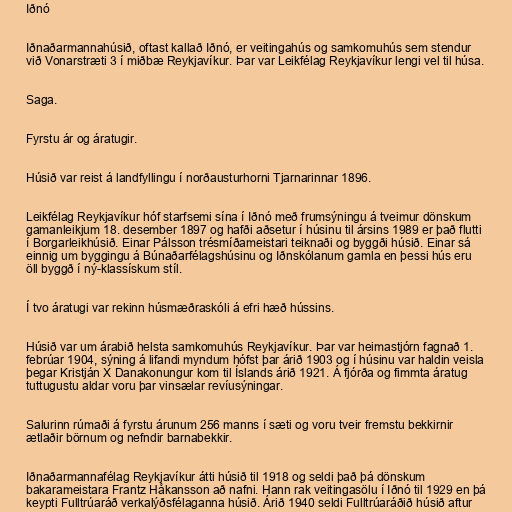
Iðnó

Iðnaðarmannahúsið, oftast kallað Iðnó, er veitingahús og samkomuhús sem stendur
við Vonarstræti 3 í miðbæ Reykjavíkur. Þar var Leikfélag Reykjavíkur lengi vel til húsa.

Saga.

Fyrstu ár og áratugir.

Húsið var reist á landfyllingu í norðausturhorni Tjarnarinnar 1896.

Leikfélag Reykjavíkur hóf starfsemi sína í Iðnó með frumsýningu á tveimur dönskum
gamanleikjum 18. desember 1897 og hafði aðsetur í húsinu til ársins 1989 er það flutti
í Borgarleikhúsið. Einar Pálsson trésmíðameistari teiknaði og byggði húsið. Einar sá
einnig um byggingu á Búnaðarfélagshúsinu og Iðnskólanum gamla en þessi hús eru
öll byggð í ný-klassískum stíl.

Í tvo áratugi var rekinn húsmæðraskóli á efri hæð hússins.

Húsið var um árabið helsta samkomuhús Reykjavíkur. Þar var heimastjórn fagnað 1.
febrúar 1904, sýning á lifandi myndum hófst þar árið 1903 og í húsinu var haldin veisla
þegar Kristján X Danakonungur kom til Íslands árið 1921. Á fjórða og fimmta áratug
tuttugustu aldar voru þar vinsælar revíusýningar.

Salurinn rúmaði á fyrstu árunum 256 manns í sæti og voru tveir fremstu bekkirnir
ætlaðir börnum og nefndir barnabekkir.

Iðnaðarmannafélag Reykjavíkur átti húsið til 1918 og seldi það þá dönskum
bakarameistara Frantz Håkansson að nafni. Hann rak veitingasölu í Iðnó til 1929 en þá
keypti Fulltrúaráð verkalýðsfélaganna húsið. Árið 1940 seldi Fulltrúaráðið húsið aftur